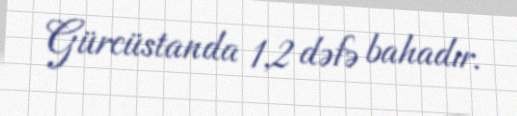
Gürcüstanda 1,2 dəfə bahadır.